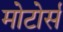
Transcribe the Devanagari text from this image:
मोटोर्स